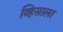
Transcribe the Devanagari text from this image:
व्हिसाला